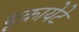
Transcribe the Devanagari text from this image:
यूक्रायेटे